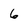
Character: 6